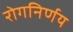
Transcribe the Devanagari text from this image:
रोगनिर्णय